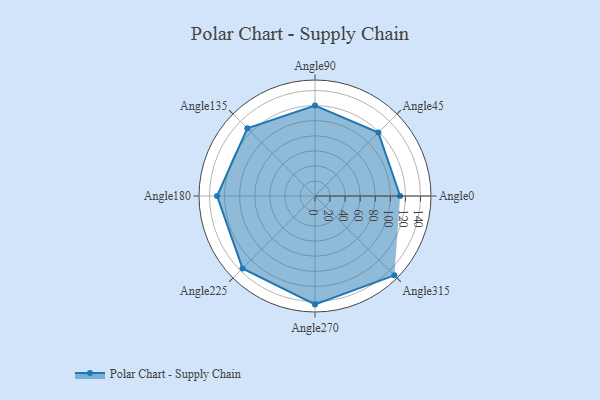
{"axis": {"x": "Angle", "y": "Radius"}, "legend": [""], "data": [{"x": "Angle0", "y": 113.0, "type": ""}, {"x": "Angle45", "y": 119.0, "type": ""}, {"x": "Angle90", "y": 120.0, "type": ""}, {"x": "Angle135", "y": 127.0, "type": ""}, {"x": "Angle180", "y": 130.0, "type": ""}, {"x": "Angle225", "y": 136.0, "type": ""}, {"x": "Angle270", "y": 144.0, "type": ""}, {"x": "Angle315", "y": 149.0, "type": ""}]}